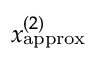
x _ { \mathrm { a p p r o x } } ^ { ( 2 ) }